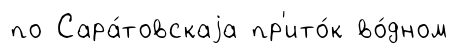
по Сара́товскаjа пр'ито́к во́дном